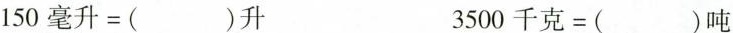
$$1 5 0 毫 升 = ( ) 升$$ $$3 5 0 0 千 克 = ( ) 吨$$